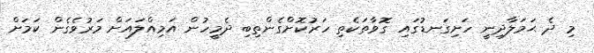
މި ދެ ޙަމަލާދިނީ ހަށިގަނޑުގައި ގޮވާތަކެތި ހަރުކޮށްގެންތިބި ދެމީހުން އަމިއްލައަށް މަރުވެގެން ކަމަށް